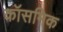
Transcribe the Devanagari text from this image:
कॉसमिक